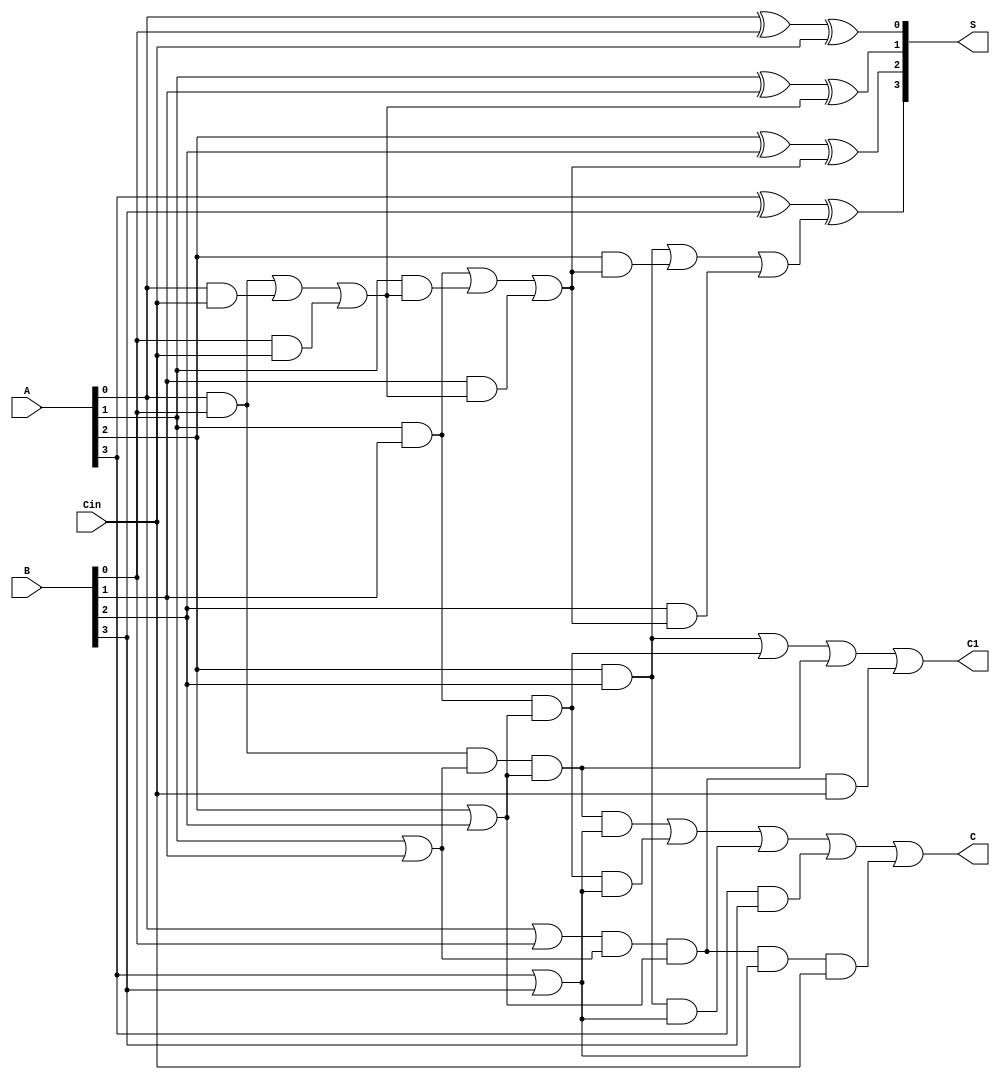
module CLA4bit(
    output [3:0] S,
    output C,
    output C1,
    input[3:0] A,
    input[3:0] B,
    input Cin
);
//wire P and G saves carry propagate and carry generation
// carry wires save carry for inwards sum
//P[i]=A[i]|B[i] G[i]=A[i]&B[i]
//Sum is generated by these carry
wire [3:0] P,G;
wire [3:0]Carry;
    assign #1 P[0]=A[0]|B[0];
    assign #1 G[0]=A[0]&B[0];
    assign #2 S[0] = A[0] ^ B[0] ^ Cin;
    assign #2 Carry[1] = A[0] & B[0] | A[0] & Cin | B[0] & Cin;

    assign #1 P[1]=A[1]|B[1];
    assign #1 G[1]=A[1]&B[1];
    assign #2 S[1] = A[1] ^ B[1] ^ Carry[1];
    assign #2 Carry[2] = A[1] & B[1] | A[1] & Carry[1] | B[1] & Carry[1];

    assign #1 P[2]=A[2]|B[2];
    assign #1 G[2]=A[2]&B[2];
    assign #2 S[2] = A[2] ^ B[2] ^ Carry[2];
    assign #2 Carry[3] = A[2] & B[2] | A[2] & Carry[2] | B[2] & Carry[2];

    assign #1 P[3]=A[3]|B[3];
    assign #1 G[3]=A[3]&B[3];
    assign #2 S[3]=A[3] ^ B[3] ^ Carry[3];
//Carry is given by G|P&Cin
assign #2 C = G[0]&P[1]&P[2]&P[3] | G[1]&P[2]&P[3] | G[2]&P[3]| G[3] | P[0]&P[1]&P[2]&P[3]&Cin;
//C1 is second last carry
assign #2 C1 = G[2] | G[1]&P[2] | G[0]&P[1]&P[2] | P[0]&P[1]&P[2]&Cin; 
endmodule